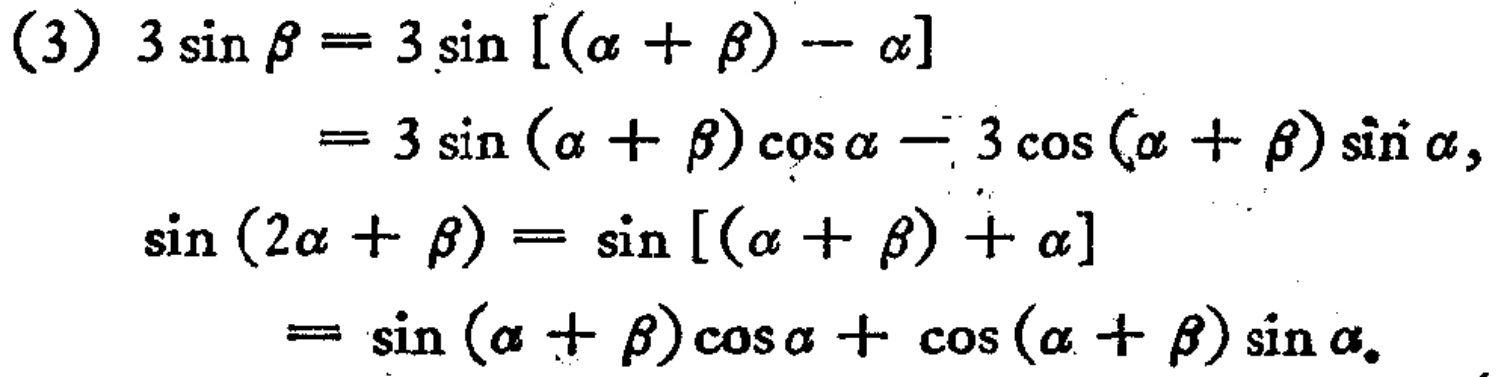
(3) \(3\sin\beta = 3\sin[(\alpha+\beta)-\alpha]\)
\(= 3\sin(\alpha + \beta)\cos\alpha - 3\cos(\alpha + \beta)\sin\alpha\)，
\(\sin(2\alpha+\beta)=\sin[(\alpha+\beta)+\alpha]\)
\(= \sin(\alpha + \beta)\cos\alpha+\cos(\alpha + \beta)\sin\alpha\)